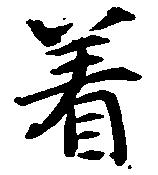
着